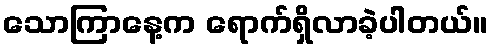
သောကြာနေ့က ရောက်ရှိလာခဲ့ပါတယ်။